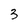
Character: 3